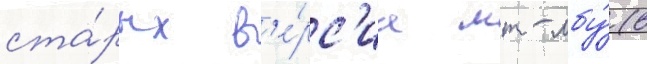
ста́рых в'е́рс'иа мт-лбу́ (в